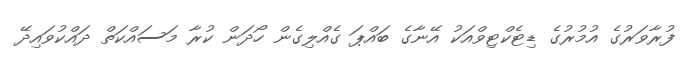
ފުރާވަރުގެ އުމުރުގެ ޑިޓެކްޓިވްއަކު އޭނާގެ ބައްޕަ ގެއްލިގެން ހޯދަން ކުރާ މަސައްކަތް ދައްކުވައިދޭ